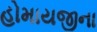
હોમાયજીના